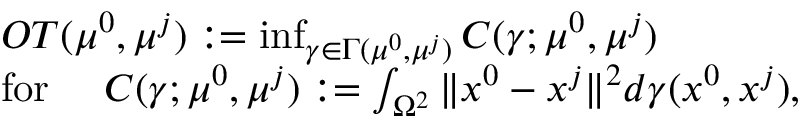
\begin{array} { r l } & { O T ( \mu ^ { 0 } , \mu ^ { j } ) : = \operatorname* { i n f } _ { \gamma \in \Gamma ( \mu ^ { 0 } , \mu ^ { j } ) } C ( \gamma ; \mu ^ { 0 } , \mu ^ { j } ) } \\ & { \mathrm { f o r ~ } \quad C ( \gamma ; \mu ^ { 0 } , \mu ^ { j } ) : = \int _ { \Omega ^ { 2 } } \| x ^ { 0 } - x ^ { j } \| ^ { 2 } d \gamma ( x ^ { 0 } , x ^ { j } ) , } \end{array}